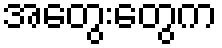
အတွေးတွေက